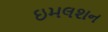
ઇમલશન